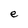
Character: e